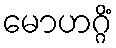
မောဟဂ္ဂိံ